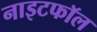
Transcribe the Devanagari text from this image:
नाइटफॉल